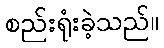
စည်းရုံးခဲ့သည်။